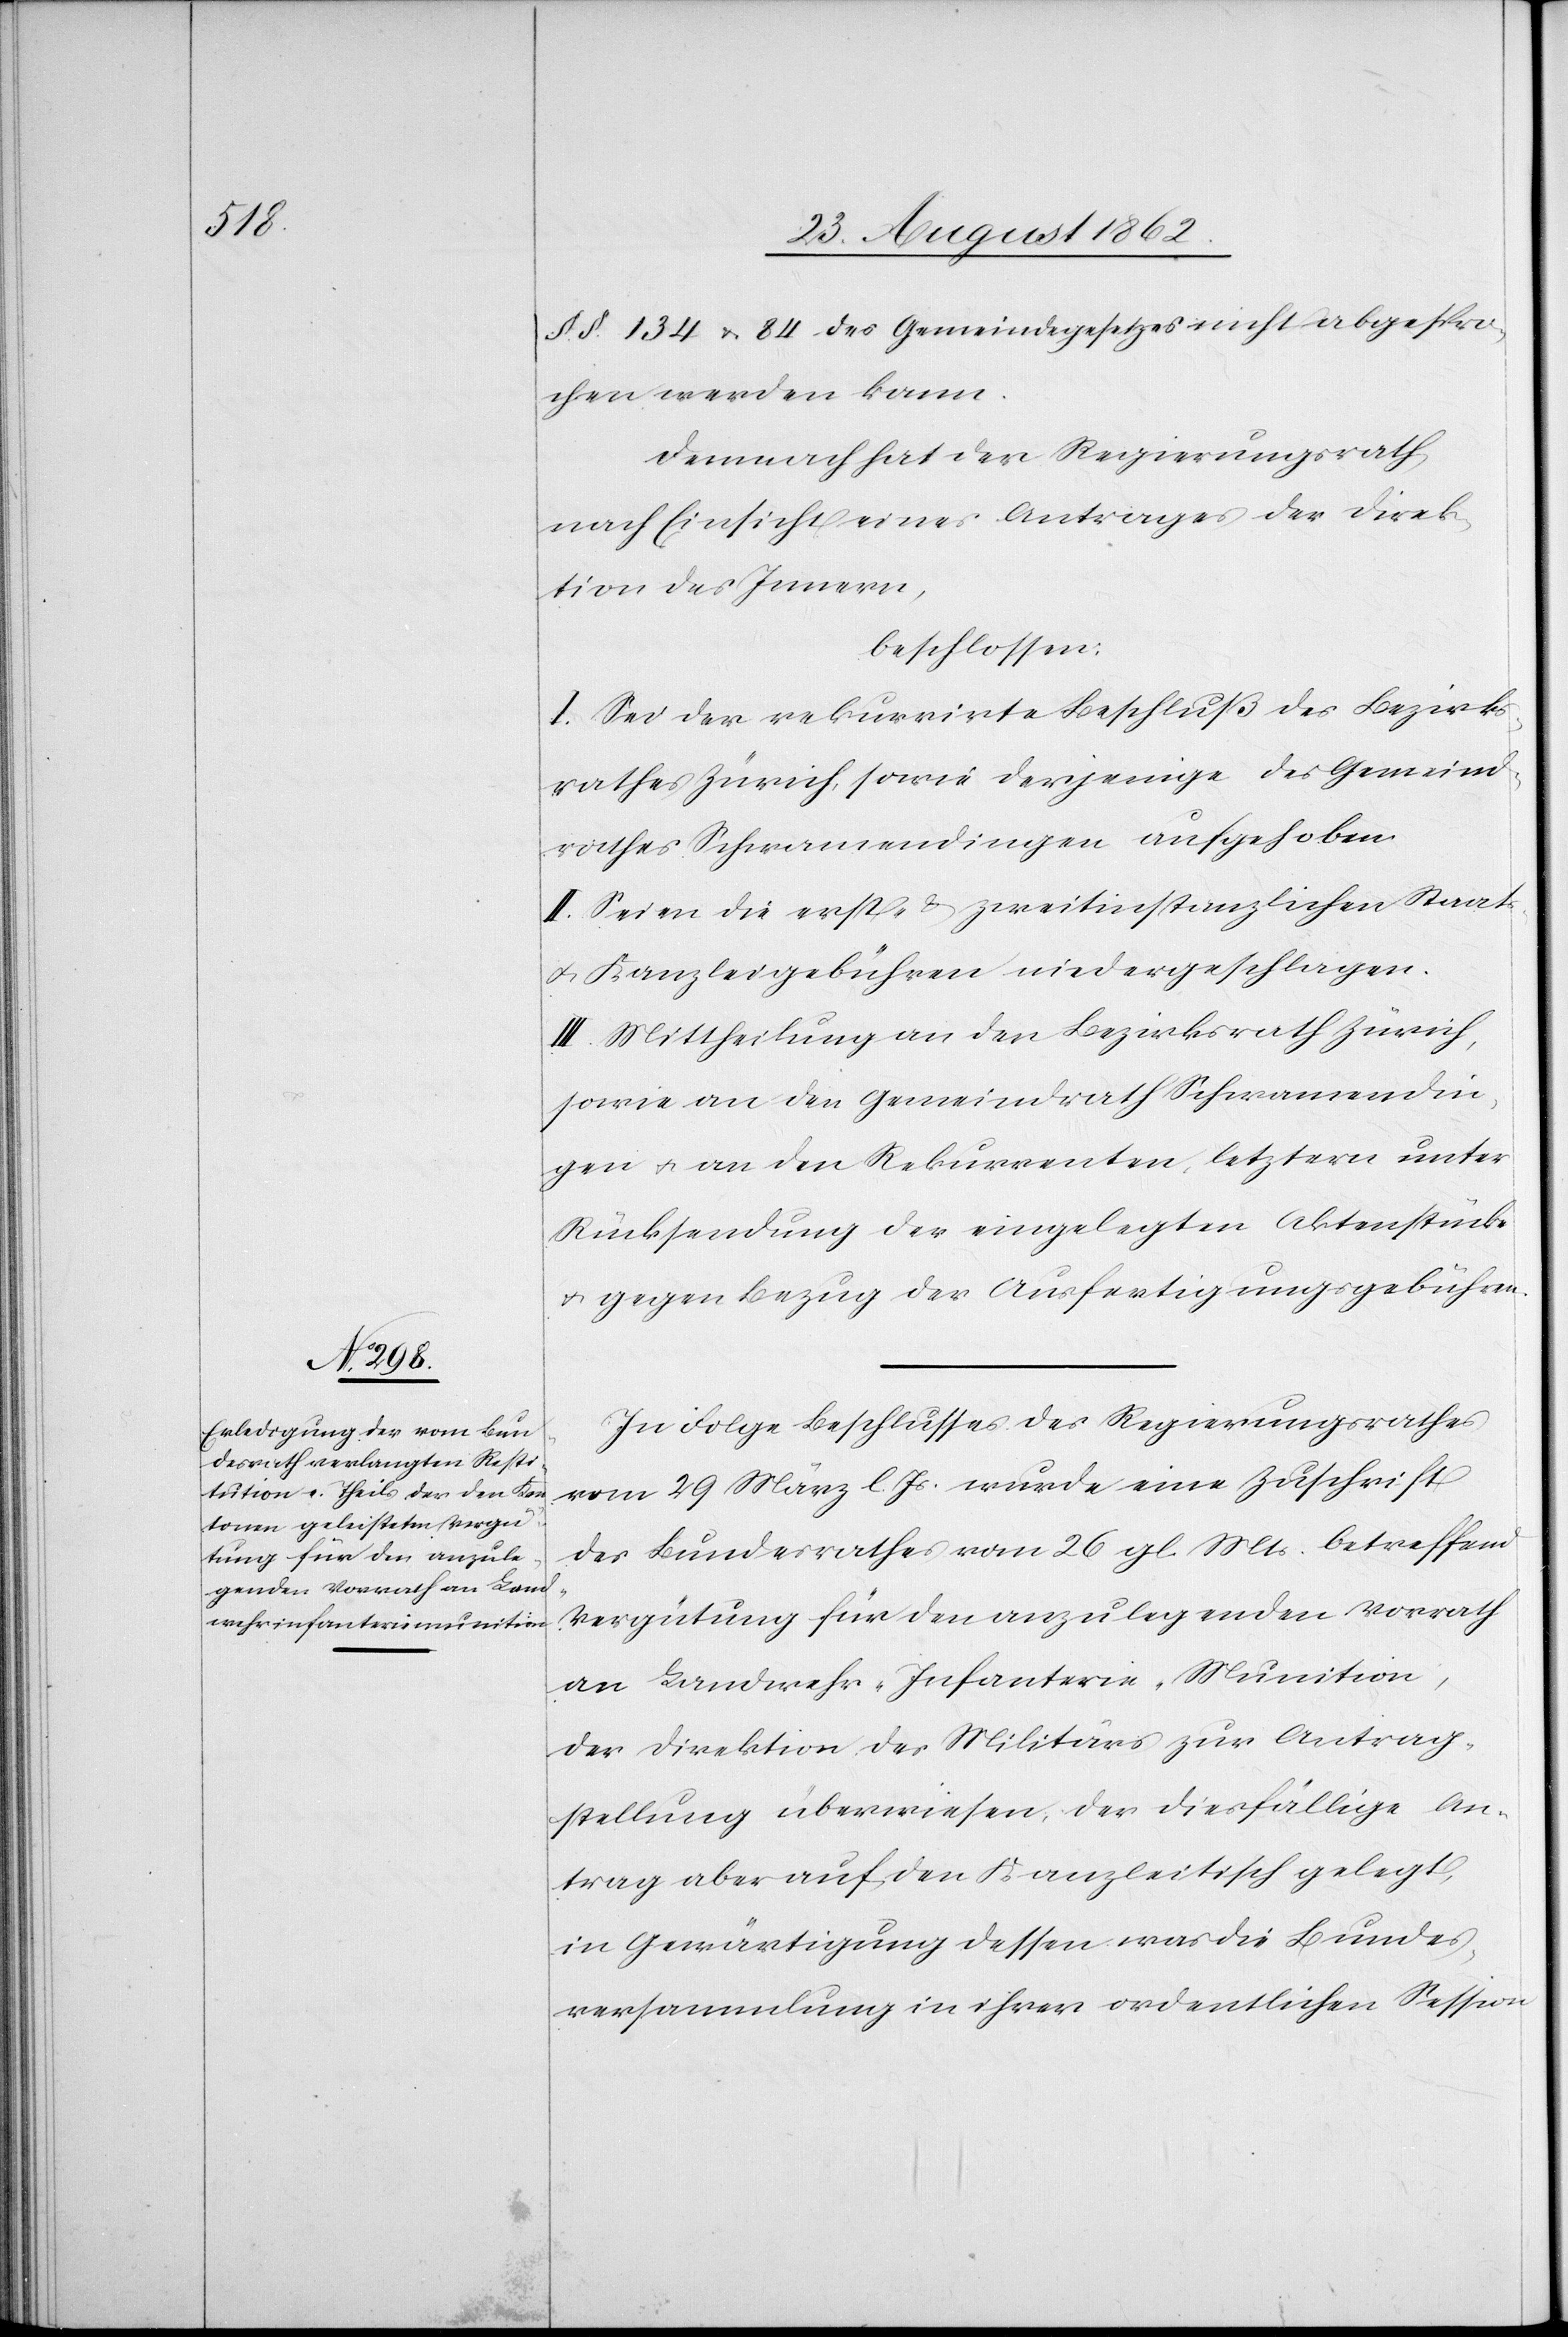
§§. 134 u. 84 des Gemeindegesetzes nicht abgespro¬
chen werden kann.
Demnach hat der Regierungsrath,
nach Einsicht eines Antrages der Direk¬
tion des Innern,
beschlossen:
I. Sei der rekurrirte Beschluß des Bezirks¬
rathes Zürich, sowie derjenige des Gemeind¬
rathes Schwamendingen aufgehoben.
II. Seien die erst- u. zweitinstanzlichen Staats-
u. Kanzleigebühren niedergeschlagen.
III. Mittheilung an den Bezirksrath Zürich,
sowie an den Gemeindrath Schwamendin¬
gen u. an den Rekurrenten, letztern unter
Rücksendung der eingelegten Aktenstücke
u. gegen Bezug der Ausfertigungsgebühren.
In Folge Beschlusses des Regierungsrathes
vom 29. März l. s. wurde eine Zuschrift
des Bundesrathes vom 26. gl. Mts. betreffend
Vergütung für den anzulegenden Vorrath
an Landwehr-Infanterie-Munition,
der Direktion des Militärs zur Antrag¬
stellung überwiesen, der diesfällige An¬
trag aber auf den Kanzleitisch gelegt,
in Gewärtigung dessen was die Bundes¬
versammlung in ihrer ordentlichen Session